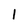
Character: l